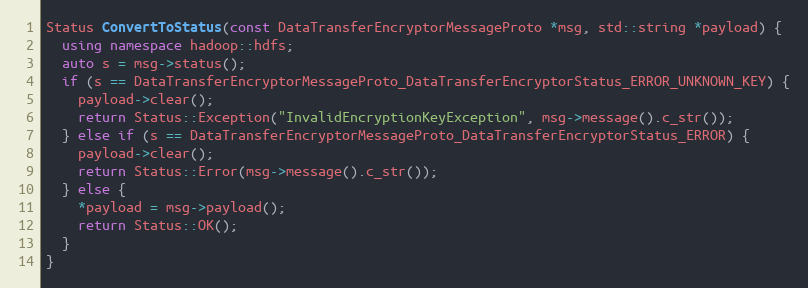
Language: C++
Status ConvertToStatus(const DataTransferEncryptorMessageProto *msg, std::string *payload) {
  using namespace hadoop::hdfs;
  auto s = msg->status();
  if (s == DataTransferEncryptorMessageProto_DataTransferEncryptorStatus_ERROR_UNKNOWN_KEY) {
    payload->clear();
    return Status::Exception("InvalidEncryptionKeyException", msg->message().c_str());
  } else if (s == DataTransferEncryptorMessageProto_DataTransferEncryptorStatus_ERROR) {
    payload->clear();
    return Status::Error(msg->message().c_str());
  } else {
    *payload = msg->payload();
    return Status::OK();
  }
}